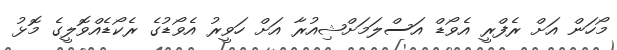
މޯހަން އަށް ރެފްރީ އެވޯޑް އަސްލަމަށްޝިއުރާ އަށް ހަވީރު އެވޯޑުގެ ރެކޯޑެއްވޮލީގެ މޮޅު